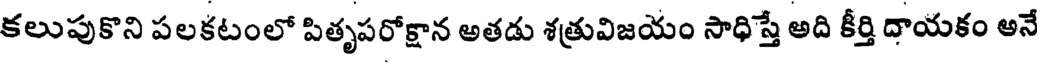
కలుపుకొని పలకటంలో పితృపరోక్షాన అతడు శత్రువిజయం సాధిస్తే అది కీర్తి దాయకం అనే